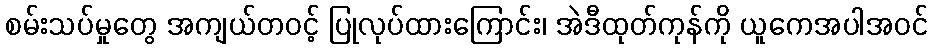
စမ်းသပ်မှုတွေ အကျယ်တဝင့် ပြုလုပ်ထားကြောင်း၊ အဲဒီထုတ်ကုန်ကို ယူကေအပါအဝင်